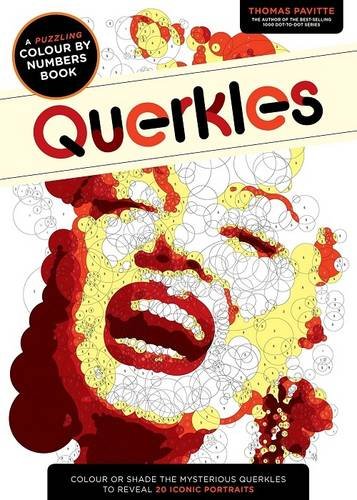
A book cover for Querkles: A Puzzling Colour-by-Numbers Book; Thomas Pavitte; Humor & Entertainment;